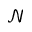
\mathcal { N }